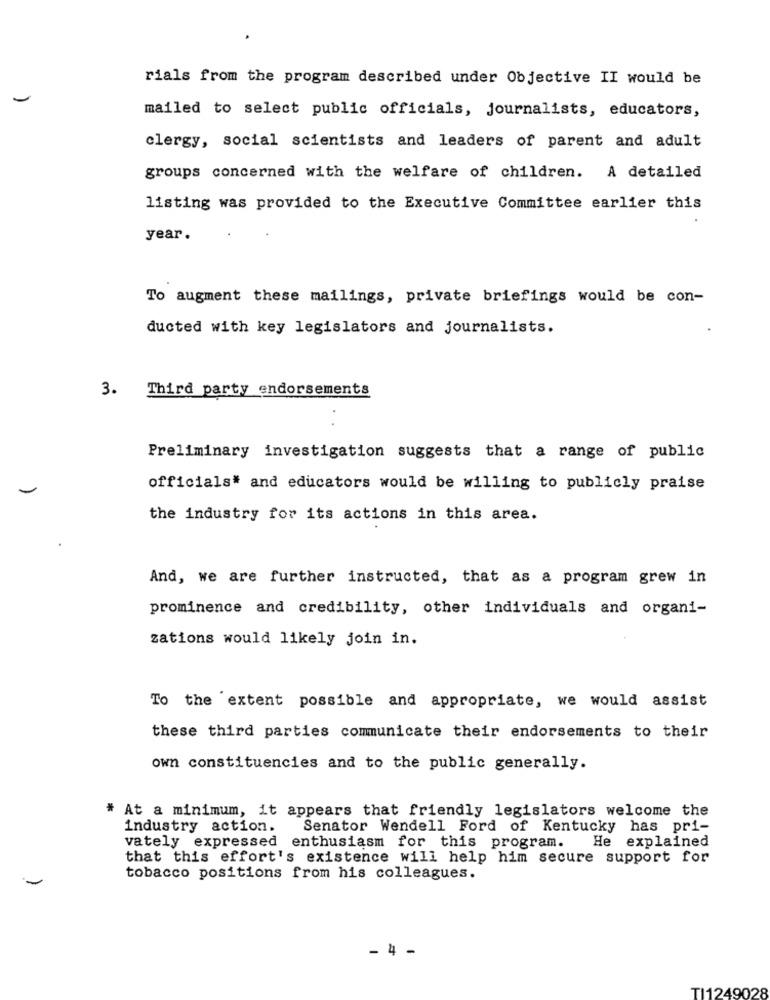
rials from the program described under Objective II would be
-
mailed to select public officials, journalists, educators,
clergy, social scientists and leaders of parent and adult
groups concerned with the welfare of children. A detailed
listing was provided to the Executive Committee earlier this
year.
To augment these mailings, private briefings would be con-
ducted with key legislators and journalists.
3. Third party endorsements
Preliminary investigation suggests that a range of public
officials# and educators would be willing to publicly praise
the industry for its actions in this area.
And, we are further instructed, that as a program grew in
prominence and credibility, other individuals and organi-
zations would likely join in.
To the extent possible and appropriate, we would assist
these third parties communicate their endorsements to their
own constituencies and to the public generally.
# At a minimum, it appears that friendly legislators welcome the
industry action.
Senator Wendell Ford of Kentucky has pri-
vately expressed enthusiasm for this program. He explained
that this effort's existence will help him secure support for
tobacco positions from his colleagues.
1-
TI1249028